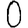
Digit: 0